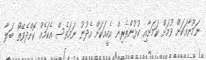
ނަމޫނާއަކަށް ވުމަށް ކަމަށާއި ކުޅުންތެރިން އެހީއަކަށް އެދުނު ނަމަވެސް އެކަމެއް ކޮށްދެވޭތޯ ބަލާ